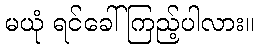
မယုံ ရင်ခေါ် ကြည့်ပါလား။